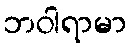
ဘဝါရာမာ